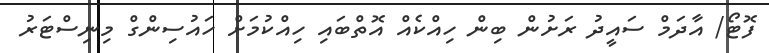
ފޮޓޯ/ އާދަމް ސައީދު ރަށުން ބިން ހިއްކެއް އޮތްބައި ހިއްކުމަށް ހައުސިންގް މިނިސްޓަރު